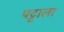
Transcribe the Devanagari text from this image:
पट्टाला